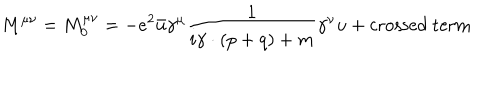
M ^ { \mu \nu } = M _ { 0 } ^ { \mu \nu } = - e ^ { 2 } \bar { u } \gamma ^ { \mu } \frac { 1 } { i \gamma \cdot ( p + q ) + m } \gamma ^ { \nu } u + \mathrm { c r o s s e d ~ t e r m }